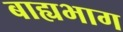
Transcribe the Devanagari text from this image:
बाह्यभाग